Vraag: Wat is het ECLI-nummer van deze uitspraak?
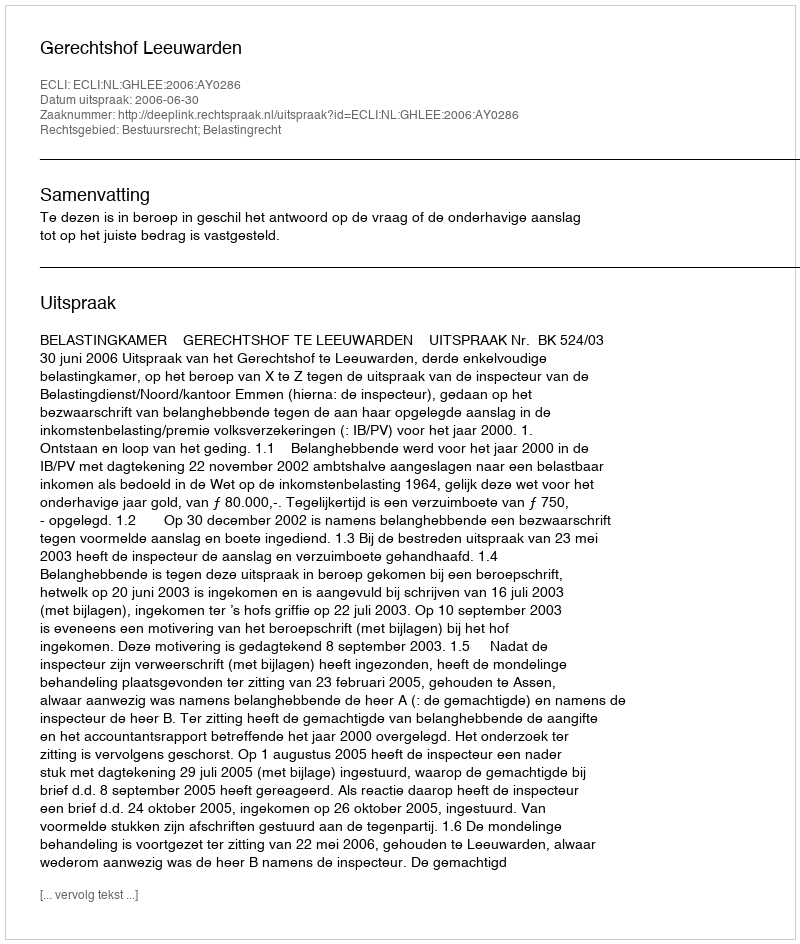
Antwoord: ECLI:NL:GHLEE:2006:AY0286